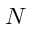
N